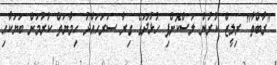
"ރާބްތާ" ރިލީޒް ކުރުން ލަސްކޮށްފި ހުޅުދޫގެ ގިރާ ސަރަހައްދު ހިމާޔަތް ކުރުމަށް ބަޔަކާއި